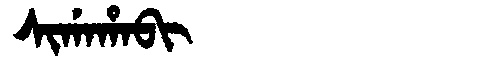
Manchu: ᠰᡳᡤᠠᡥᠠᠪᡳ
Romanization: SIGAHABI